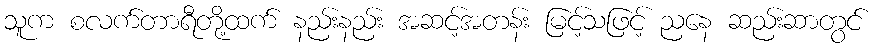
သူက စလက်တာရီတို့ထက် နည်းနည်း အဆင့်အတန်း မြင့်သဖြင့် ညနေ ဆည်းဆာတွင်